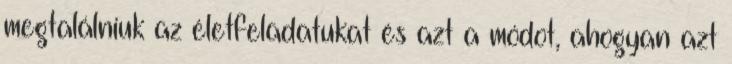
megtalálniuk az életfeladatukat és azt a módot, ahogyan azt